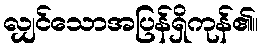
လျှင်သောအပြန်ရှိကုန်၏။